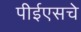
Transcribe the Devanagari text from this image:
पीईएसचे